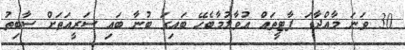
30 ވަނަ މާއްދާގަ ޕާޓީތައް އުވާލުމާބެހޭ ބައިގަ ބުނާ ބައި ސަރީއަތަށް ސާބިތު